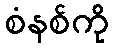
စံနစ်ကို